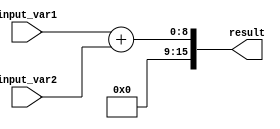
module Generate_Function (
    input [7:0] input_var1,
    input [7:0] input_var2,
    output reg [15:0] result
);

always @(*) begin
    // Specified algorithm for processing input variables
    result = input_var1 + input_var2;
end

endmodule